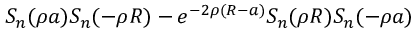
S _ { n } ( \rho a ) S _ { n } ( - \rho R ) - e ^ { - 2 \rho ( R - a ) } S _ { n } ( \rho R ) S _ { n } ( - \rho a )